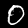
Label: 0